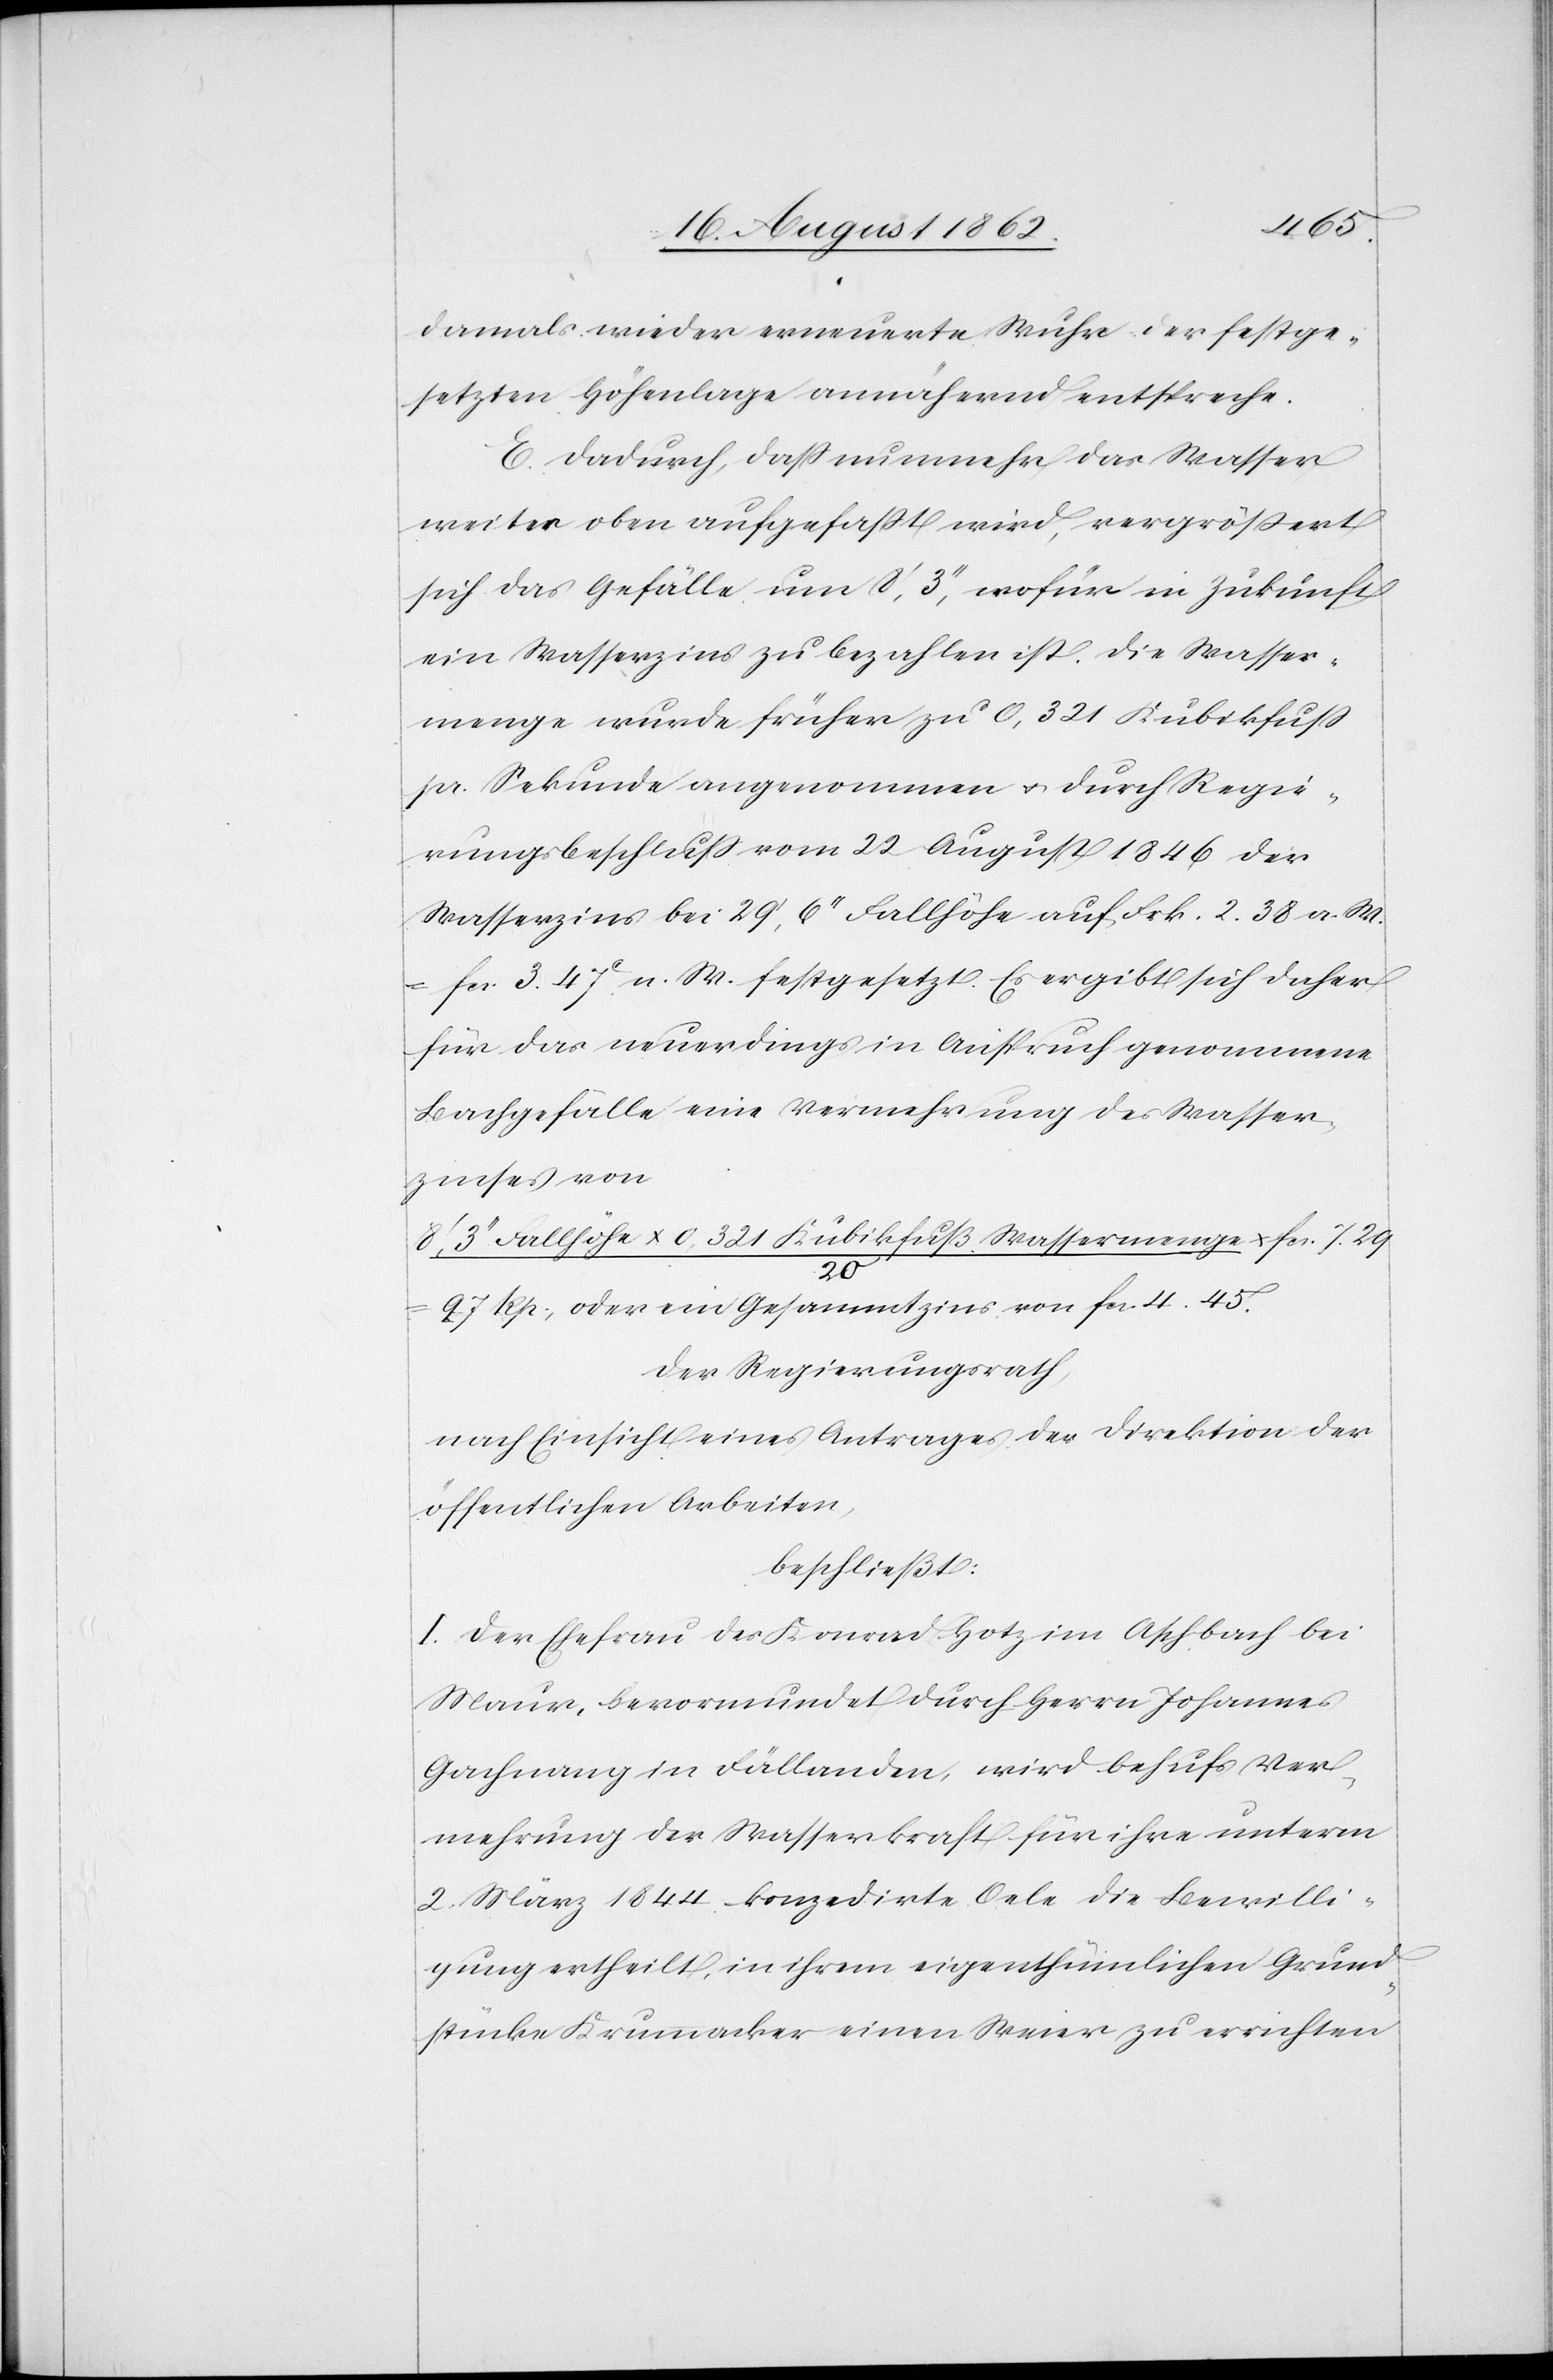
damals wieder erneuerte Wuhr der festge¬
setzten Höhenlage annährend entspreche.
E. Dadurch, daß nunmehr das Wasser
weiter oben aufgefaßt wird, vergrößert
sich das Gefälle um 8’,3’’, wofür in Zukunft
ein Wasserzins zu bezahlen ist. Die Wasser¬
menge wurde früher zu 0,321 Kubikfuß
pr. Sekunde angenommen u. durch Regie¬
rungsbeschluß vom 22. August 1846 der
Wasserzins bei 29’,6’’ Fallhöhe auf Frk. 2.38 a. W.
fcs. 3. 47C n. W. festgesetzt. Es ergibt sich daher
für das neuerdings in Anspruch genommene
Bachgefälle eine Vermehrung des Wasser¬
zinses von
8’ 3’’ Fallhöhe x 0,321 Kubikfuß Wassermenge/20 x fcs. 7.29
27 Rp. oder ein Gesammtzins con fcs. 4.45.
Der Regierungsrath,
nach Einsicht eines Antrages der Direktion der
öffentlichen Arbeiten,
beschließt:
I. Der Ehefrau des Konrad Hotz im Aschbach bei
Maur, bevormundet durch Herrn Johannes
Gachnang in Fällanden, wird behufs Ver¬
mehrung der Wasserkraft für ihre unterm
2. März 1844 konzedirte Oele die Bewilli¬
gung ertheilt, in ihrem eigenthümlichen Grund¬
stücke Krummacker einen Weier zu errichten